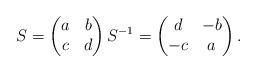
LaTeX: \begin{align*}S =\begin{pmatrix}a & b\\c & d\end{pmatrix} S^{-1} =\begin{pmatrix}d & -b\\-c & a\end{pmatrix}.\end{align*}